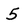
Character: 5